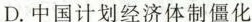
D.中国计划经济体制僵化